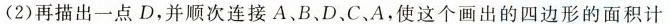
(2)再描出一点D，并顺次连接A、B、D、C、A，使这个画出的四边形的面积计